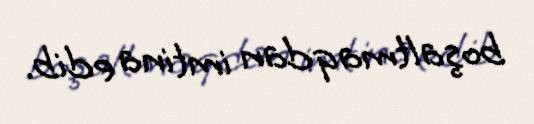
boşaltmaqdan imtina edib.